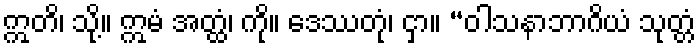
ဣတိ၊ သို့။ ဣမံ အတ္ထံ၊ ကို။ ဒေဿတုံ၊ ငှာ။ “ဝါသနာဘာဂိယံ သုတ္တံ